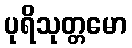
ပုရိသုတ္တမော